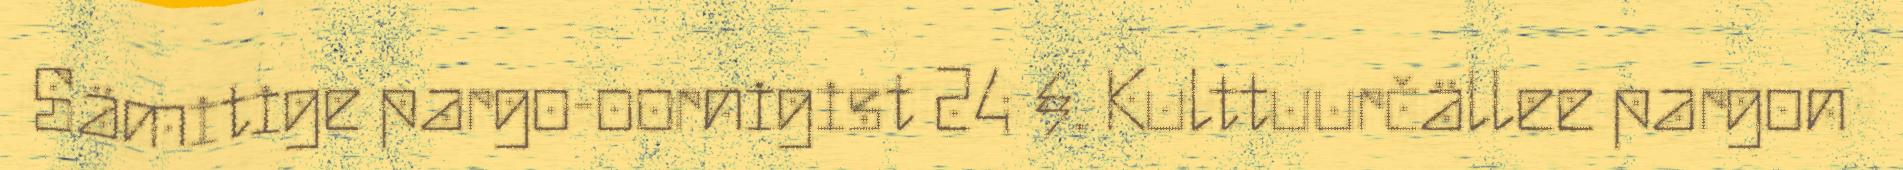
Sämitige pargo-oornigist 24 §. Kulttuurčällee pargon